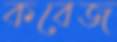
কবেজ